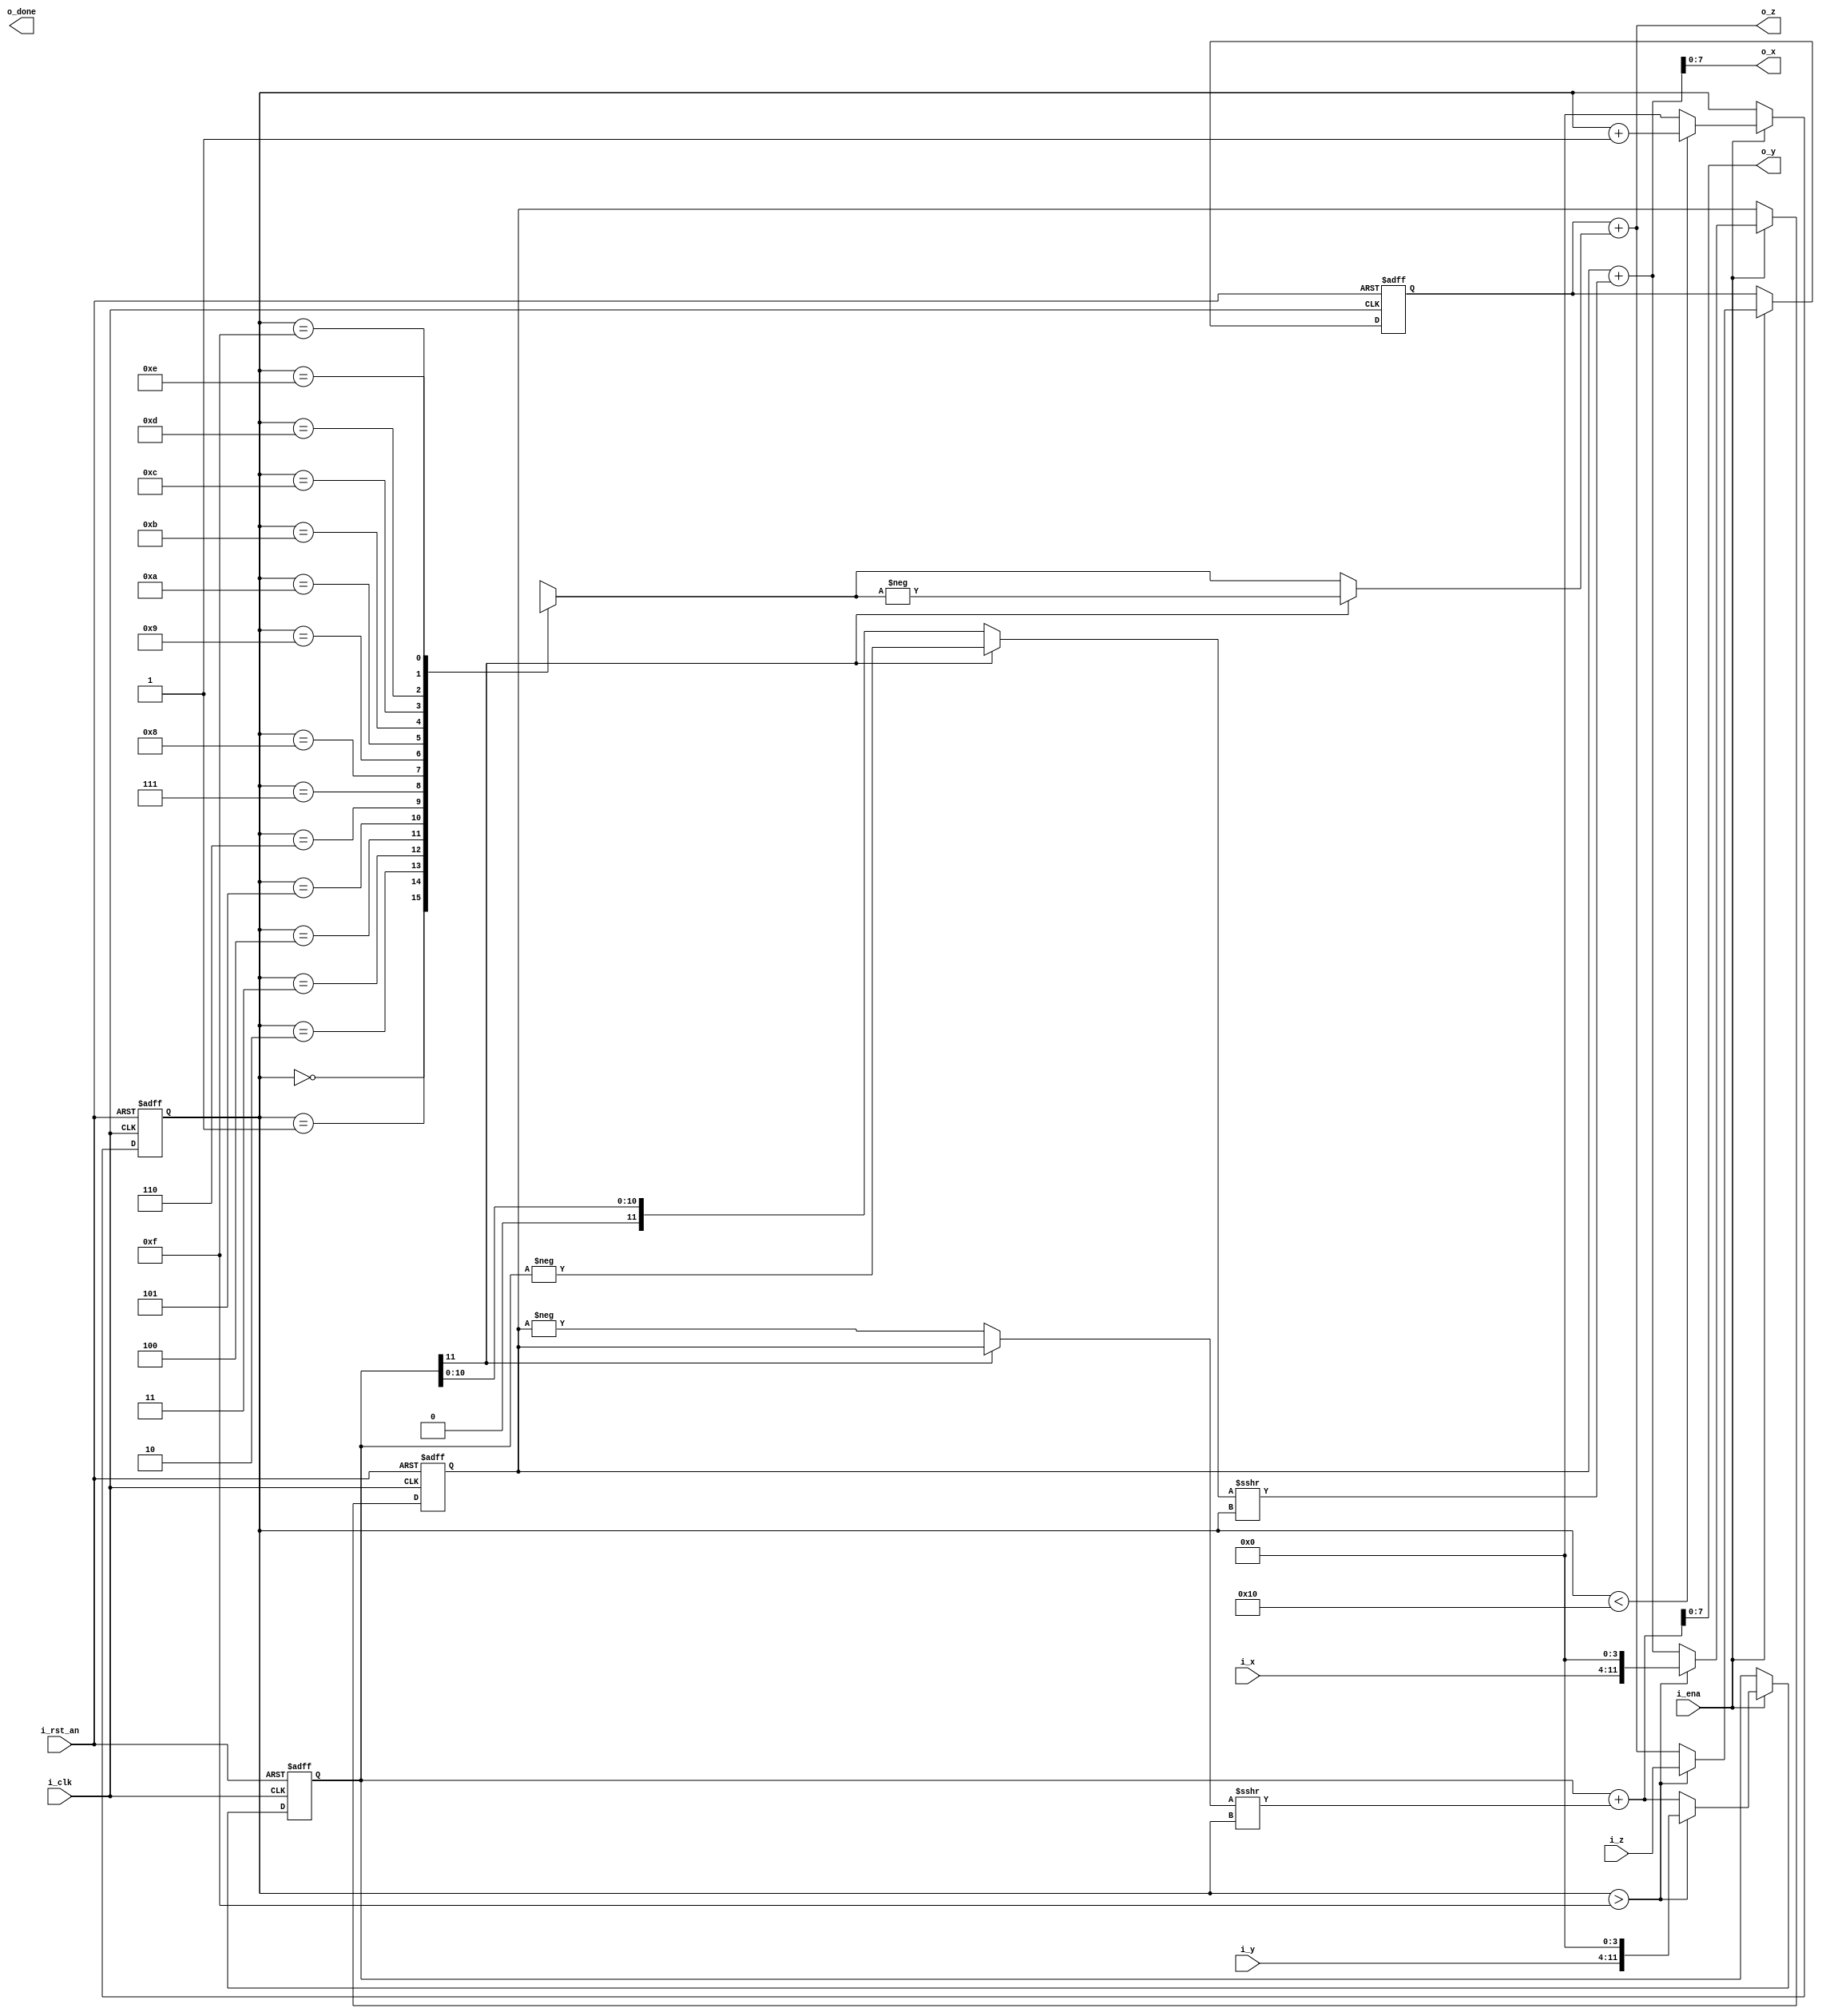
// -------------------------------------------------------------------
// Copyright (C) 2019 Ahmed Shahein
// -------------------------------------------------------------------
//
// -------------------------------------------------------------------
module sgen_cordic #(
  parameter gp_mode_rot_vec            = 0,
  parameter gp_impl_unrolled_iterative = 0,
  parameter gp_nr_iter                 = 16,
  parameter gp_angle_width             = 16,
  parameter gp_angle_depth             = 16,
  parameter gp_xy_width                = 8,
  parameter gp_z_width                 = 8
) (
  input  wire                          i_rst_an,
  input  wire                          i_ena,
  input  wire                          i_clk,
  input  wire signed [gp_xy_width-1:0] i_x,
  input  wire signed [gp_xy_width-1:0] i_y,
  input  wire signed [gp_z_width-1 :0] i_z,
  output wire signed [gp_xy_width-1:0] o_x,
  output wire signed [gp_xy_width-1:0] o_y,
  output wire signed [gp_z_width-1 :0] o_z,
  output wire                          o_done
);
// -------------------------------------------------------------------
  // CONSTANT DECLARATION
  localparam c_ext_bits          = $clog2(gp_nr_iter);
  localparam c_xy_internal_width = gp_xy_width + c_ext_bits;
  localparam c_z_internal_width  = gp_z_width;
  localparam c_iter_width        = (!gp_impl_unrolled_iterative) ? c_ext_bits : 0;
  // WIRE DECLARATION
  wire signed [gp_angle_width-1:0] atan_lut [0:gp_angle_depth-1];
// -------------------------------------------------------------------
// `include "atan_lut.v"
// -------------------------------------------------------------------
  
  genvar i;
  generate
    if (gp_impl_unrolled_iterative)
      begin: g_cordic_unrolled
        // WIRE DECLARATION
        wire signed [c_xy_internal_width-1:0] x_init;
        wire signed [c_xy_internal_width-1:0] y_init;
        wire signed [c_z_internal_width-1 :0] z_init;
        wire                                  d [0:gp_nr_iter-1];
        wire signed [c_xy_internal_width-1:0] x [0:gp_nr_iter-1];
        wire signed [c_xy_internal_width-1:0] y [0:gp_nr_iter-1];
        wire signed [c_z_internal_width-1 :0] z [0:gp_nr_iter-1];

	// INITIALIZATION
        assign x_init = i_x<<<c_ext_bits;
	assign y_init = i_y<<<c_ext_bits;
	assign z_init = i_z;
	// CORDIC UNROLLED ITERATIONS
        for (i=0; i<gp_nr_iter; i=i+1)
          begin: g_cordic_iterations
            if (i==0)
    	      begin: g_cordic_init
    	        if (gp_mode_rot_vec)
    	          begin: g_d_init_rot
    	            assign d[i] = (z_init[c_z_internal_width-1] == 0)  ? 1'b1 : 1'b0;
    	          end
    	        else
    	          begin: g_d_init_vec
    	            assign d[i] = (y_init[c_xy_internal_width-1] == 1) ? 1'b1 : 1'b0;
    	          end
    	        // CORDIC ALGORITHM
    	        assign x[i] = (d[i]) ? x_init - y_init      : x_init + y_init;
    	        assign y[i] = (d[i]) ? y_init + x_init      : y_init - x_init;
    	        assign z[i] = (d[i]) ? z_init - atan_lut[i] : z_init + atan_lut[i];
    	      end
    	    else
    	      begin
    	        if (gp_mode_rot_vec)
    	          begin: g_d_rot
    	            assign d[i] = (z[i-1][c_z_internal_width-1] == 0)  ? 1'b1 : 1'b0;
    	          end
    	        else
    	          begin: g_d_vec
    	            assign d[i] = (y[i-1][c_xy_internal_width-1] == 1) ? 1'b1 : 1'b0;
    	          end	  
    	        // CORDIC ALGORITHM
    	        assign x[i] = (d[i]) ? x[i-1] - (y[i-1] >>> i) : x[i-1] + (y[i-1] >>> i);
    	        assign y[i] = (d[i]) ? y[i-1] + (x[i-1] >>> i) : y[i-1] - (x[i-1] >>> i);
    	        assign z[i] = (d[i]) ? z[i-1] - atan_lut[i]    : z[i-1] + atan_lut[i];
    	    end	
          end//FOR_CORDIC_UNROLLED

	// OUTPUT ASSIGNMENT
	assign o_x = x[gp_nr_iter-1];        
        assign o_y = y[gp_nr_iter-1];
        assign o_z = z[gp_nr_iter-1];
      end//IF_CORDIC_ROT
  endgenerate
  
  generate
    if (!gp_impl_unrolled_iterative)
      begin: g_cordic_iterative
        // WIRE DECLARATION
        wire signed [c_xy_internal_width-1:0] w_x;
        wire signed [c_xy_internal_width-1:0] w_y;
        wire signed [c_z_internal_width-1 :0] w_z;
        wire signed [c_xy_internal_width-1:0] x;
        wire signed [c_xy_internal_width-1:0] y;
        wire signed [c_z_internal_width-1 :0] z;
        // REGISTER DECLARATION
	reg  signed [c_xy_internal_width-1:0] r_x;
        reg  signed [c_xy_internal_width-1:0] r_y;
        reg  signed [c_z_internal_width-1 :0] r_z;
        reg         [c_iter_width-1       :0] r_count_iter;
        // ITERATION COUNTER
        always @(posedge i_clk or negedge i_rst_an)
          begin: p_iter_count
            if (!i_rst_an)
              begin
      	        r_count_iter <= {c_iter_width{1'b1}};
      	      end
            else if (i_ena)
              begin
      	        if (r_count_iter < gp_nr_iter)
      	          r_count_iter <= r_count_iter + 1'b1;
      	        else
      	          r_count_iter <= {c_iter_width{1'b0}};
      	      end
          end
        // CORDIC REG-BANK
        always @(posedge i_clk or negedge i_rst_an)
          begin: p_cordic_iter_regbank
            if (!i_rst_an)
              begin
      	        r_x <= 'd0;
      	        r_y <= 'd0;
      	        r_z <= 'd0;
      	      end
            else if (i_ena)
              begin
      	        if (r_count_iter>(gp_nr_iter-1))
      	          begin
      	            r_x <= i_x<<<c_ext_bits;
      	            r_y <= i_y<<<c_ext_bits;
      	            r_z <= i_z;
      	          end
      	        else
      	          begin
      	            r_x <= x;
      	            r_y <= y;
      	            r_z <= z;
      	          end	  
      	      end
          end
        
        // RESOURCE SHARING
        assign w_x = (gp_mode_rot_vec) ? ( (r_z[c_z_internal_width-1])  ? -r_x :  r_x )   // ROTATION MODE
	                               : ( (r_y[c_xy_internal_width-1]) ?  r_x : -r_x );  // VECTORING MODE
        assign w_y = (gp_mode_rot_vec) ? ( (r_z[c_z_internal_width-1])  ?  r_y : -r_y )   // ROTATION MODE
	                               : ( (r_y[c_xy_internal_width-1]) ? -r_y :  r_y );  // VECTORING MODE      
        assign w_z = (gp_mode_rot_vec) ? ( (r_z[c_z_internal_width-1])  ?  atan_lut[r_count_iter] : -atan_lut[r_count_iter])   // ROTATION MODE
                                       : ( (r_y[c_xy_internal_width-1]) ? -atan_lut[r_count_iter] :  atan_lut[r_count_iter]);  // VECTORING MODE
        
	// CORDIC ALGORITHM - ITERATIVE RESOURCE SHARING
        assign x = r_x + (w_y >>> r_count_iter);
        assign y = r_y + (w_x >>> r_count_iter);
        assign z = r_z + w_z;
	
	// OUTPUT ASSIGNMENT
	assign o_x = x;        
        assign o_y = y;
        assign o_z = z;	
      end//IF_CORDIC_VEC
  endgenerate  
  
endmodule

// -------------------------------------------------------------------
// Copyright (C) 2019 Ahmed Shahein
// -------------------------------------------------------------------
//
// -------------------------------------------------------------------
module cordic_gain #(
  parameter gp_mode_rot_vec = 0,
  parameter gp_gain_width   = 12,
  parameter gp_xy_width     = 8,
  parameter gp_xy_owidth    = gp_xy_width+$clog2(gp_gain_width)
) (
  input  wire signed [gp_xy_width-1 :0] i_cordic_x,
  input  wire signed [gp_xy_width-1 :0] i_cordic_y,
  output wire signed [gp_xy_owidth-1:0] o_cordic_x,
  output wire signed [gp_xy_owidth-1:0] o_cordic_y
);
// -------------------------------------------------------------------
  localparam c_1_gain = $rtoi( 0.607252959138945 * (2.0**(gp_gain_width-1)) );
  wire signed [gp_xy_width+gp_gain_width-1:0] x_tmp;
  wire signed [gp_xy_width+gp_gain_width-1:0] y_tmp;
// -------------------------------------------------------------------  
  assign x_tmp = i_cordic_x * c_1_gain;
	
  if (gp_mode_rot_vec)
    begin	    	    
      assign y_tmp = i_cordic_x * c_1_gain;
    end
  else
    begin
      assign y_tmp = 'd0;
    end	

  // OUTPUT ASSIGNMENT
  assign o_cordic_x = x_tmp >>> (gp_gain_width-1);    
  assign o_cordic_y = y_tmp >>> (gp_gain_width-1);
endmodule